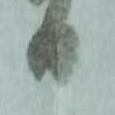
日